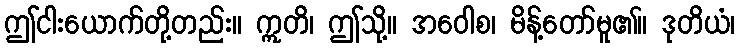
ဤငါးယောက်တို့တည်း။ ဣတိ၊ ဤသို့။ အဝေါစ၊ မိန့်တော်မူ၏။ ဒုတိယံ၊